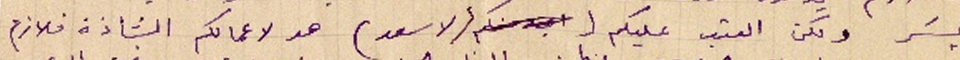
يسَر ولكن العتب عليكم (لاسعد) هو لاعمالكم الشاذة فلازم